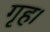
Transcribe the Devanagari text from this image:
गृह।